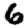
Digit: 6